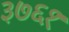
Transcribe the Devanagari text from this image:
३७६१